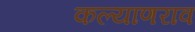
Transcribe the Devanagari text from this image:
कल्याणराव